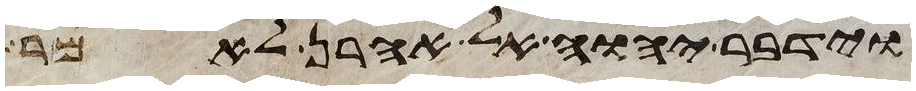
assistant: וידבר יהוה אל אהרן לאמר